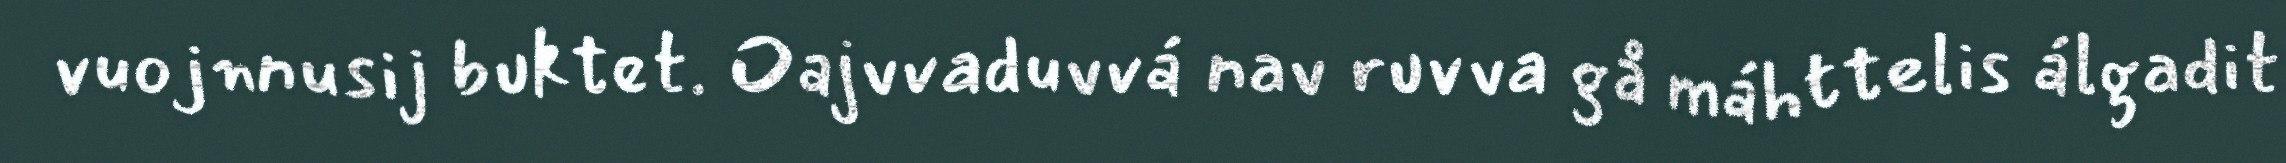
vuojnnusij buktet. Oajvvaduvvá nav ruvva gå máhttelis álgadit